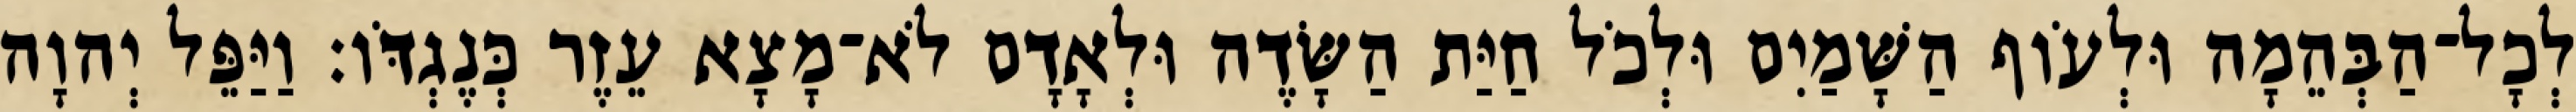
לְכָל־הַבְּהֵמָה וּלְעֹוף הַשָּׁמַיִם וּלְכֹל חַיַּת הַשָּׂדֶה וּלְאָדָם לֹא־מָצָא עֵזֶר כְּנֶגְדֹּו׃ וַיַּפֵּל יְהוָה